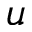
u